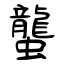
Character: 蠪